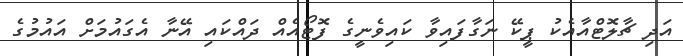
އަދި ޗާލޮޓްއާއެކު ޕީކޭ ނަގާފައިވާ ކައިވެނީގެ ފޮޓޯއެއް ދައްކައި އޭނާ އެގައުމަށް އައުމުގެ